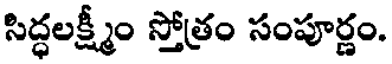
సిద్ధలక్ష్మీం స్తోత్రం సంపూర్ణం.